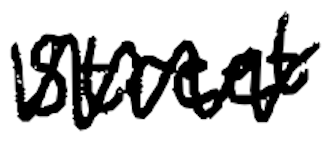
Text: street
Cross-out: zig-zag
Writing tool: digital_black